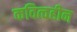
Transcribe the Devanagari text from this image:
कवित्वहीन